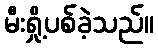
မီးရှို့ပစ်ခဲ့သည်။